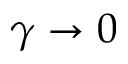
\gamma \rightarrow 0